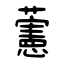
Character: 藼